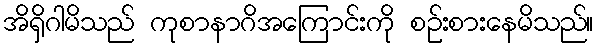
အိရှိဂါမိသည် ကုစာနာဂိအကြောင်းကို စဉ်းစားနေမိသည်။